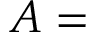
A =